Malaria in India - Number 2
Disease focus: Malaria
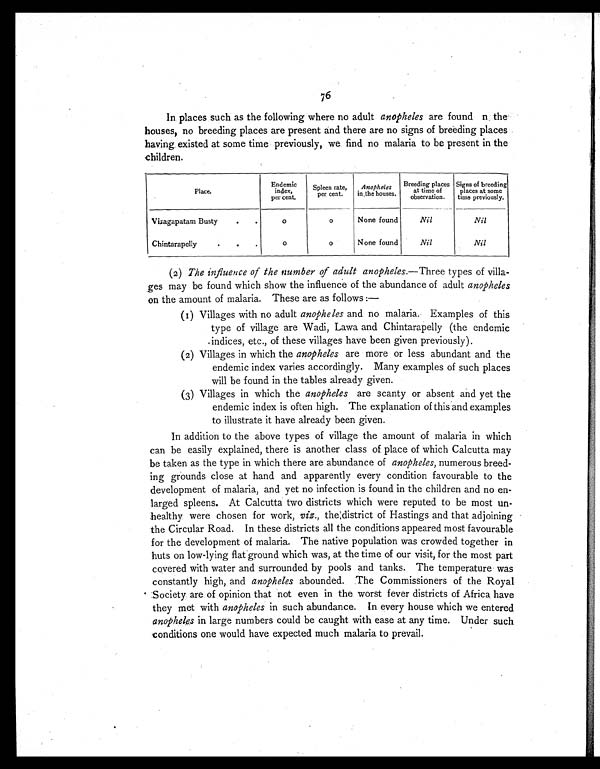
76
In places such as the following where no adult anopheles are found n the
houses, no breeding places are present and there are no signs of breeding places
having existed at some time previously, we find no malaria to be present in the
children.
Place.
Endemic
index,
per cent.
Spleen rate,
per cent.
Anopheles
in the houses.
Breeding places
at time of
observation.
Signs of breeding
places at some
time previously.
Vizagapatam Busty
•
•
0
0
None found
Nil
Nil
Chintarapelly
•
•
.
0
0
None found
Nil
Nil
(2) The influence of the number of adult anopheles.—Three types of villa-
ges may be found which show the influence of the abundance of adult anopheles
on the amount of malaria. These are as follows :—
(1) Villages with no adult anopheles and no malaria. Examples of this
type of village are Wadi, Lawa and Chintarapelly (the endemic
indices, etc., of these villages have been given previously).
(2) Villages in which the anopheles are more or less abundant and the
endemic index varies accordingly. Many examples of such places
will be found in the tables already given.
(3) Villages in which the anopheles are scanty or absent and yet the
endemic index is often high. The explanation of this and examples
to illustrate it have already been given.
In addition to the above types of village the amount of malaria in which
can be easily explained, there is another class of place of which Calcutta may
be taken as the type in which there are abundance of anopheles, numerous breed-
ing grounds close at hand and apparently every condition favourable to the
development of malaria, and yet no infection is found in the children and no en-
larged spleens. At Calcutta two districts which were reputed to be most un-
healthy were chosen for work, viz., the:district of Hastings and that adjoining
the Circular Road. In these districts all the conditions appeared most favourable
for the development of malaria. The native population was crowded together in
huts on low-lying flat ground which was, at the time of our visit, for the most part
covered with water and surrounded by pools and tanks. The temperature was
constantly high, and anopheles abounded. The Commissioners of the Royal
Society are of opinion that not even in the worst fever districts of Africa have
they met with anopheles in such abundance. In every house which we entered
anopheles in large numbers could be caught with ease at any time. Under such
conditions one would have expected much malaria to prevail.